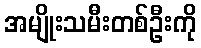
အမျိုးသမီးတစ်ဦးကို